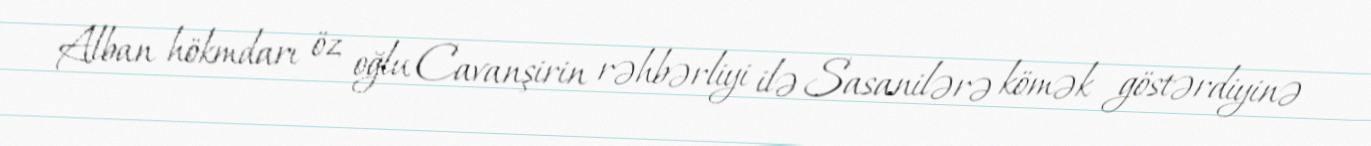
Alban hökmdarı öz oğlu Cavanşirin rəhbərliyi ilə Sasanilərə kömək göstərdiyinə